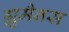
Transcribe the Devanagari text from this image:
ह्युमैनस